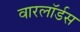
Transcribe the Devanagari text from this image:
वारलॉर्डस